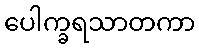
ပေါက္ခရသာတကာ